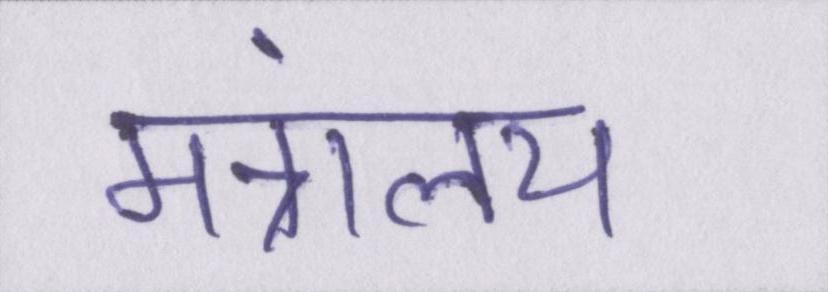
मंत्रालय